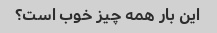
این بار همه چیز خوب است؟